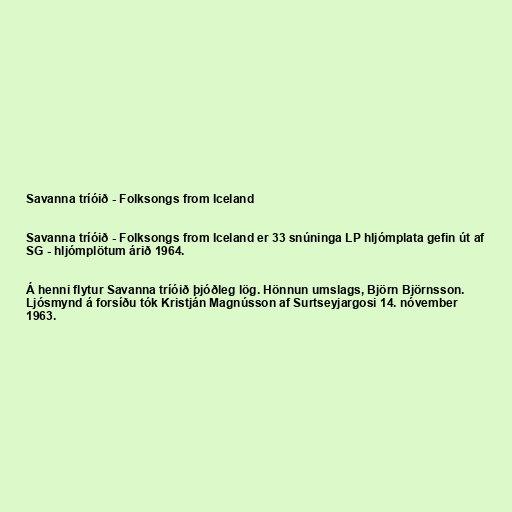
Savanna tríóið - Folksongs from Iceland

Savanna tríóið - Folksongs from Iceland er 33 snúninga LP hljómplata gefin út af
SG - hljómplötum árið 1964.

Á henni flytur Savanna tríóið þjóðleg lög. Hönnun umslags, Björn Björnsson.
Ljósmynd á forsíðu tók Kristján Magnússon af Surtseyjargosi 14. nóvember
1963.